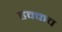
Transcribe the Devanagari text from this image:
हक्कच